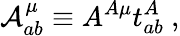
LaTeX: {\cal A}_{ab}^{\mu}\equiv A^{A\mu}t_{ab}^{A}\ ,